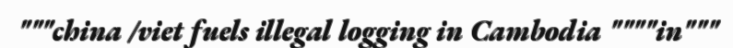
"""china /viet fuels illegal logging in Cambodia """"in"""